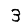
Digit: 3